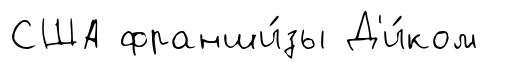
США франши́зы Д'и́ком